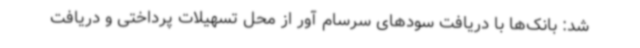
شد: بانک‌ها با دریافت سودهای سرسام آور از محل تسهیلات پرداختی و دریافت